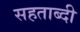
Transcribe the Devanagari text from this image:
सहताब्दी